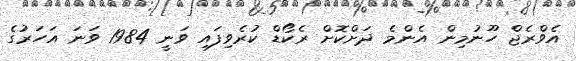
އެވްރެޖް ހޫނުމިން އެންމެ ދަށްކޮށް ރެކޯޑް ކުރެވިފައި ވަނީ 1984 ވަނަ އަހަރުގެ